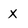
Character: x